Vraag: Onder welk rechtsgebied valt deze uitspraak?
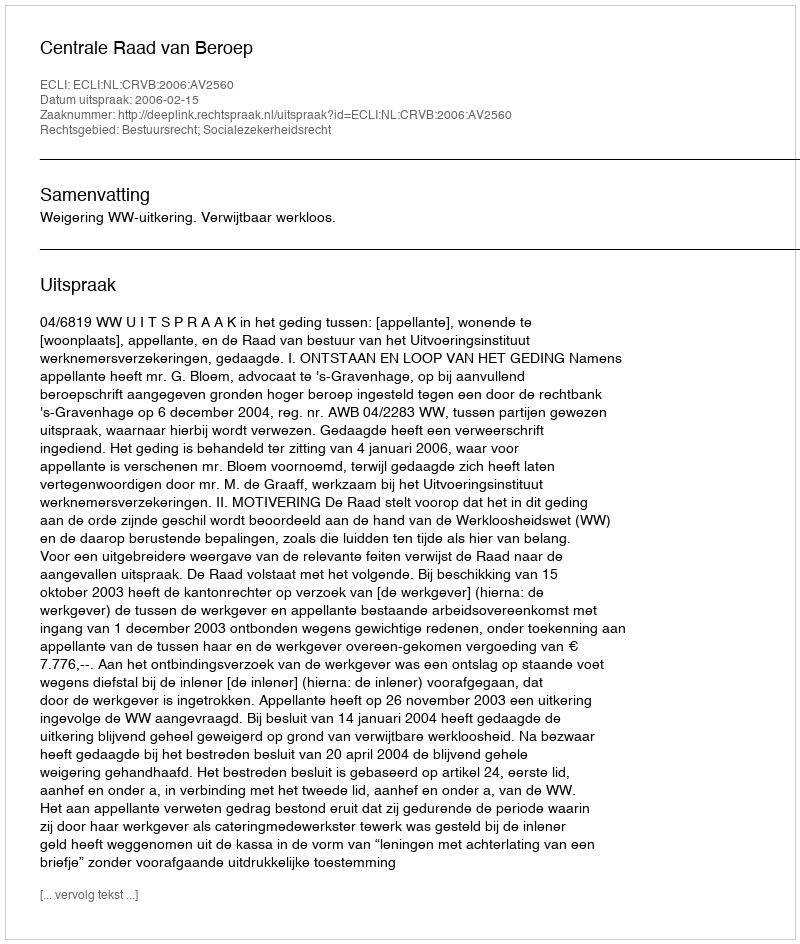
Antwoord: Bestuursrecht; Socialezekerheidsrecht